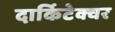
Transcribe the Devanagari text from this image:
दार्किटेक्चर